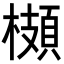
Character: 𩓡